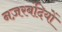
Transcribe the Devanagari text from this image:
नज़रबंदियों